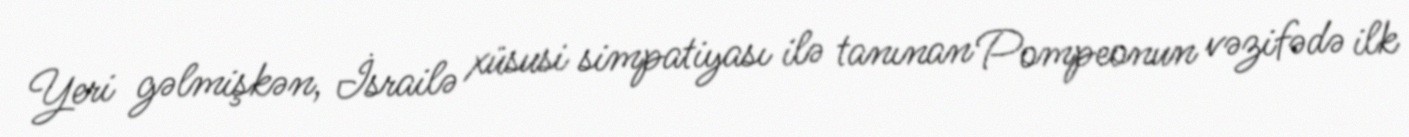
Yeri gəlmişkən, İsrailə xüsusi simpatiyası ilə tanınan Pompeonun vəzifədə ilk